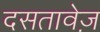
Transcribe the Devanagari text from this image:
दसतावेज़